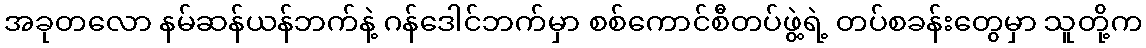
အခုတလော နမ်ဆန်ယန်ဘက်နဲ့ ဂန်ဒေါင်ဘက်မှာ စစ်ကောင်စီတပ်ဖွဲ့ရဲ့ တပ်စခန်းတွေမှာ သူတို့က